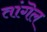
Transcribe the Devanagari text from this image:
तांगॆल